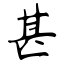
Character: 甚